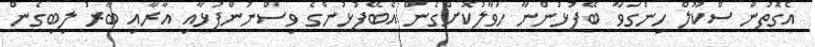
އެގޮތުން ސްކޫލް ހިންގަވާ ބޭފުޅުންނާ ހަވާލުކޮށްގެން އެބޭފުޅުންގެ ވިސްނުންފުޅާއި އާރާއި ބާރު ލިބިގެން